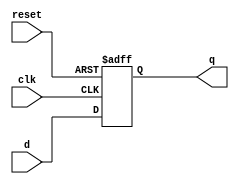
module flopr #(
    parameter WIDTH = 32
) 
(
    input  wire                 clk,
    input  wire               reset,
    input  wire [WIDTH-1 : 0]     d,
    output reg  [WIDTH-1 : 0]     q
);
    always @(posedge clk, posedge reset) begin
        if (reset) begin
            q <= 0;
        end 
        else begin
            q <= d;
        end
    end
    
endmodule